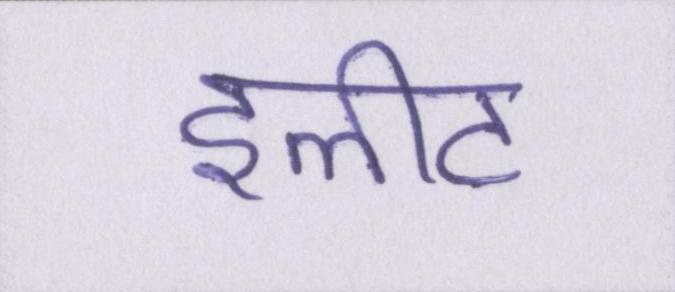
इलीट